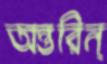
অন্তরিন্